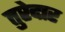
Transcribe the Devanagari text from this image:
तुरेदार